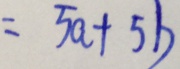
= 5 a + 5 b